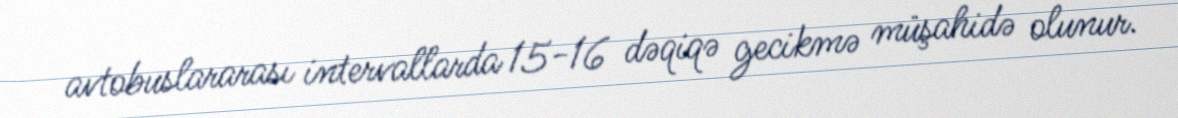
avtobuslararası intervallarda 15-16 dəqiqə gecikmə müşahidə olunur.